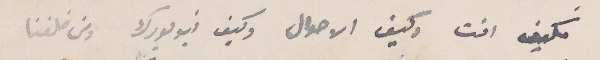
فكيف انت وكيف الأحوال وكيف نيويورك ومن خلفنا